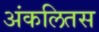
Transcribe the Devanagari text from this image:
अंकलितस